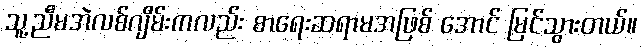
သူ့ညီမအဲလစ်ဂျိမ်းကလည်း စာရေးဆရာမအဖြစ် အောင် မြင်သွားတယ်။